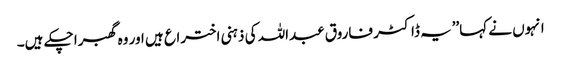
انہوں نے کہا’’یہ ڈاکٹر فاروق عبداللہ کی ذہنی اختراع ہیں اور وہ گھبرا چکے ہیں۔